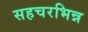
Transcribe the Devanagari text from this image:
सहचरभिन्न